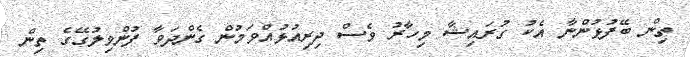
ތިން ބޭފުޅުންނާ އެކު ގުރައިޝާ މިހާރު ވެސް ދިރިއުޅުއްވަމުން ގެންދަވާ ފުންވިލުގޭގެ ތިން